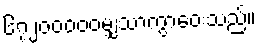
၆၇၂၀၀၀၀၀မျှသာကွာဝေးသည်။